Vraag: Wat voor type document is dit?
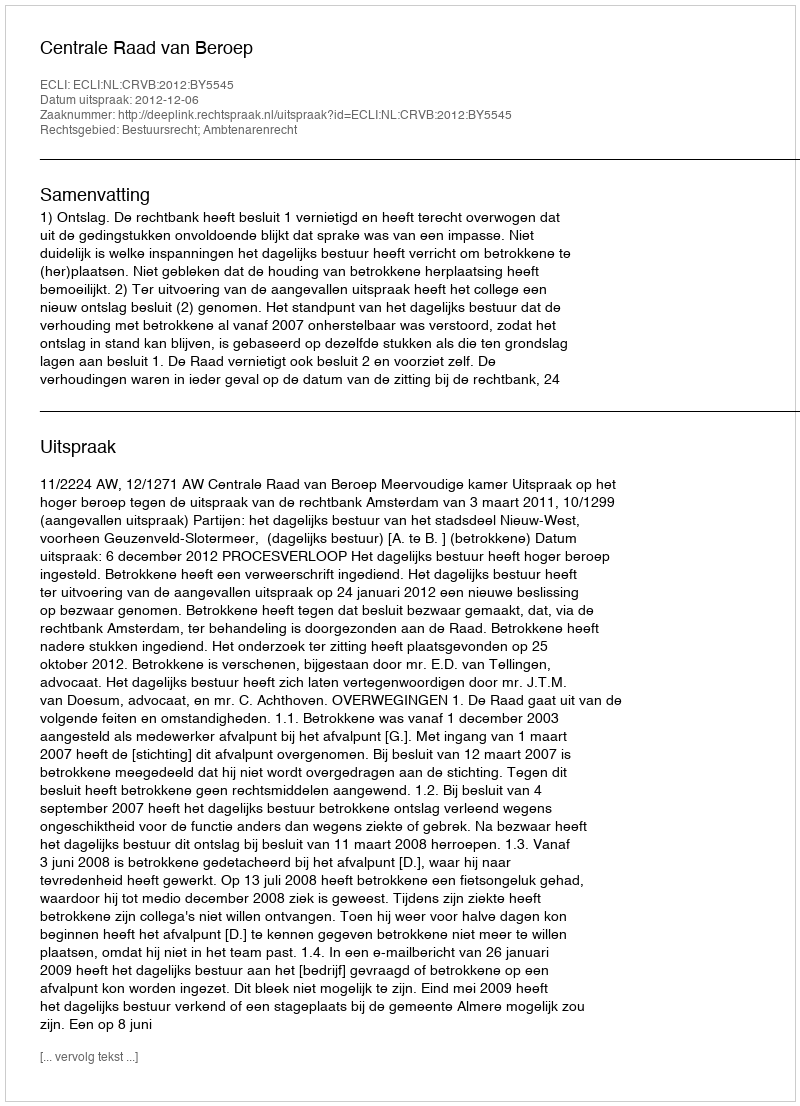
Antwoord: Uitspraak